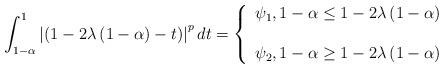
LaTeX: \begin{align*}\int_{1-\alpha }^{1}\left\vert \left( 1-2\lambda \left( 1-\alpha \right)-t\right) \right\vert ^{p}dt=\left\{ \begin{array}{c}\psi _{1},1-\alpha \leq 1-2\lambda \left( 1-\alpha \right)\\ \\ \psi _{2},1-\alpha \geq 1-2\lambda \left( 1-\alpha \right)\end{array}\right. \end{align*}